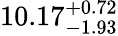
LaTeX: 10.17_{-1.93}^{+0.72}